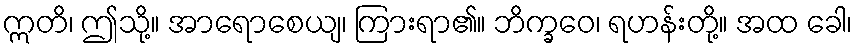
ဣတိ၊ ဤသို့။ အာရောစေယျ၊ ကြားရာ၏။ ဘိက္ခဝေ၊ ရဟန်းတို့။ အထ ခေါ၊